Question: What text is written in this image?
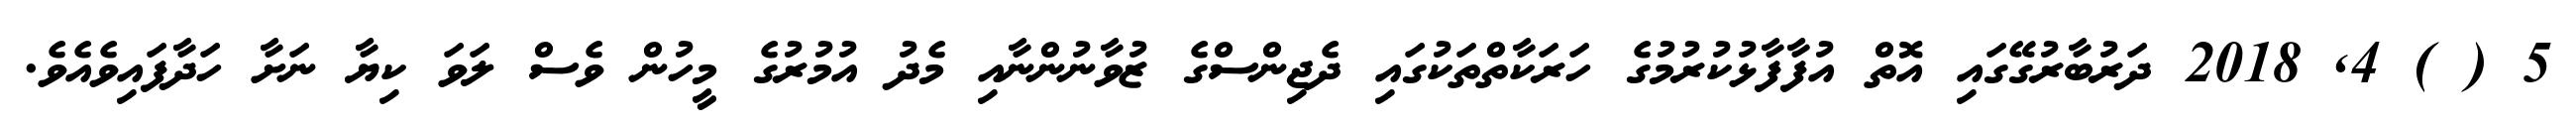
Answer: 5 ( ) 4, 2018 ދަރުބާރުގޭގައި އޮތް އުފާފާޅުކުރުމުގެ ހަރަކާތްތަކުގައި ދެޖިންސްގެ ޒުވާނުންނާއި މެދު އުމުރުގެ މީހުން ވެސް ލަވަ ކިޔާ ނަށާ ހަދާފައިވެއެވެ.